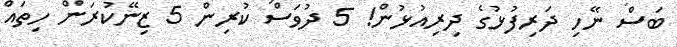
ބަސް ނޭހި ދަރިފުޅުގެ ދިރިއުޅުން! 5 ދުވަސް ކުރިން 5 ޒިނޭކުރަން ހިތައް